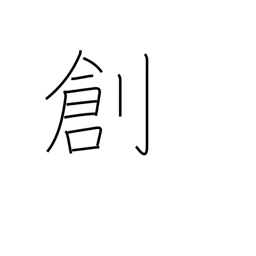
Meaning: genesis